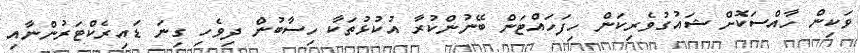
ވަކިން ހާއްސަކޮށް ޝައުގުވެރިކަން ހިފަހައްޓަން ބޭނުންކުރާ އުކުޅުތަކާ ހިސާބުން ދިވެހި ގިނަ ޑައިރެކްޓަރުންނާއި